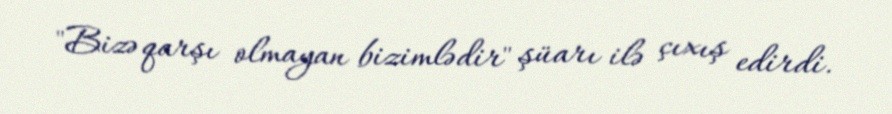
"Bizə qarşı olmayan bizimlədir" şüarı ilə çıxış edirdi.